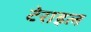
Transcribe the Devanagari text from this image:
टेराइल